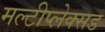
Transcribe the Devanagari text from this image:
मल्टीप्लेक्सड